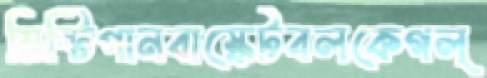
মিষ্টিপানবাস্কেটবলকেগল্